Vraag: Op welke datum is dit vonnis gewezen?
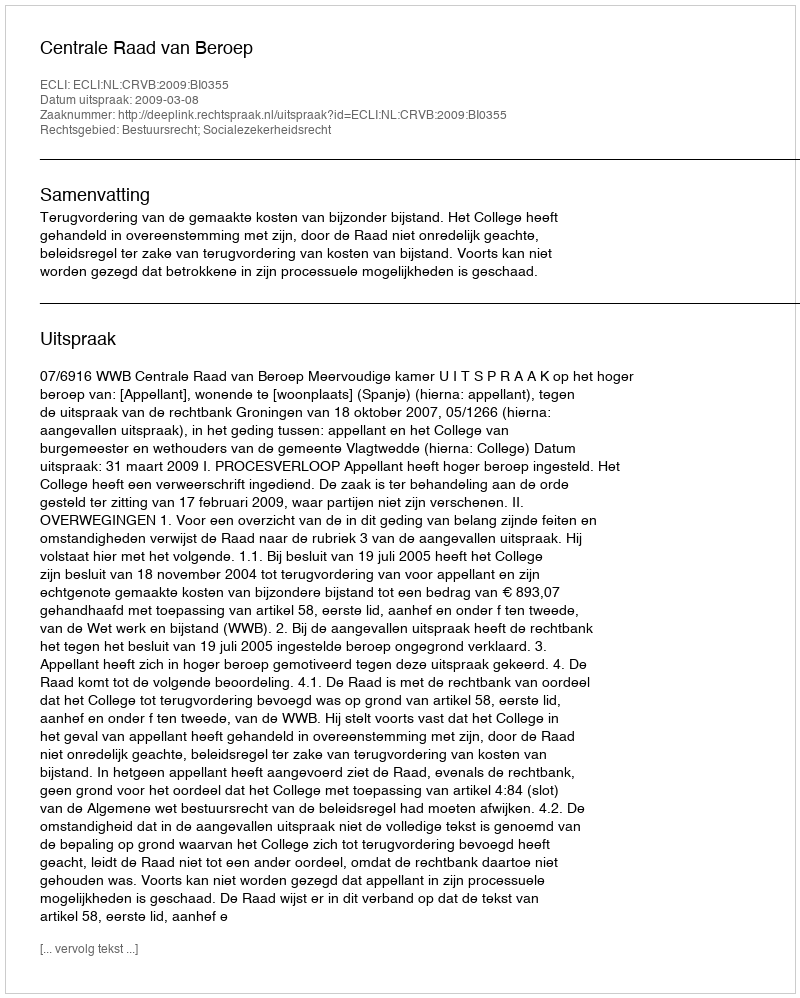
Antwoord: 2009-03-08